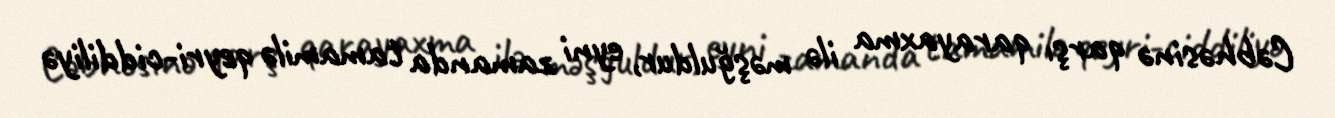
Cəbhəsinə qarşı qarayaxma ilə məşğuldur, eyni zamanda tamamilə qeyri-ciddiliyə